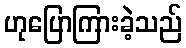
ဟုပြောကြားခဲ့သည်